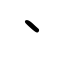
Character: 丶